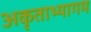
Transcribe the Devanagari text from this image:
अकृताभ्यागम